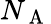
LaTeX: N_{\mathrm{~A~}}